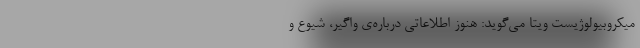
میکروبیولوژیست ویتا می‌گوید: هنوز اطلاعاتی درباره‌ی واگیر، شیوع و